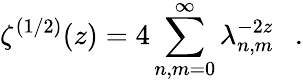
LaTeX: \zeta^{(1/2)}(z)=4\sum_{n,m=0}^{\infty}\lambda_{n,m}^{-2z}~~~.